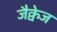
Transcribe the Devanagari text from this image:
जैक्वेज